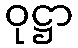
ဝုဋ္ဌာ